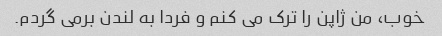
خوب، من ژاپن را ترک می کنم و فردا به لندن برمی گردم.